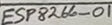
Text: ESP8266-01